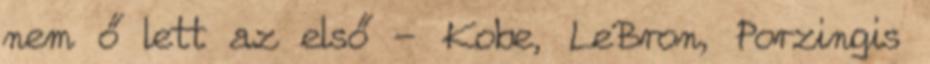
nem ő lett az első - Kobe, LeBron, Porzingis